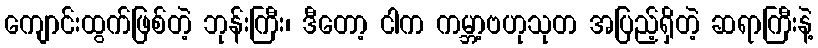
ကျောင်းထွက်ဖြစ်တဲ့ ဘုန်းကြီး၊ ဒီတော့ ငါက ကမ္ဘာ့ဗဟုသုတ အပြည့်ရှိတဲ့ ဆရာကြီးနဲ့